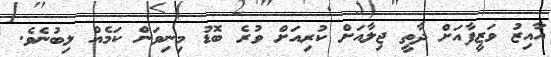
އާއިޒު ވަޒީފާއަށް ދާތީ ޖިލާއަށް ކުރިއަށް ވުރެ ބޮޑު މިނިވަން ކަމެއް ލިބުނެވެ.